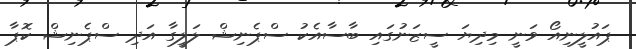
ޕައުލީނިއޯ ވަނީ މިދިޔަ ސީޒަނުގައި ބާސާއެކު ސްޕެނިޝް ލަލީގާ އަދި ސްޕެނިޝް ކޮޕާ